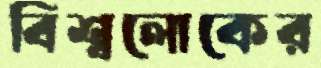
বিশ্বলোকের